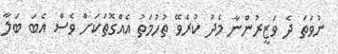
ނުވަތަ ދެ ވަޒީރުންނާ މެދު ކުރެވޭ ތުހުމަތު އެއްގޮތަކަށް ވެސް އެބަ ބަލާ